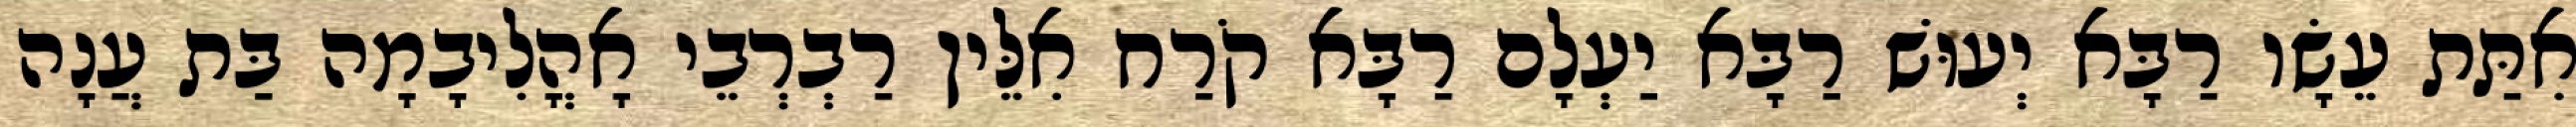
אִתַּת עֵשָׂו רַבָּא יְעוּשׁ רַבָּא יַעְלָם רַבָּא קֹרַח אִלֵּין רַבְרְבֵי אָהֳלִיבָמָה בַּת עֲנָה